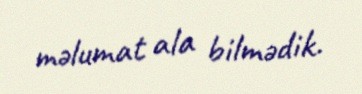
məlumat ala bilmədik.